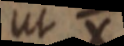
ut X